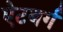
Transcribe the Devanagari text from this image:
ऐटबर्ग